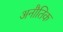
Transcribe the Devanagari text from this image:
अनौतिक